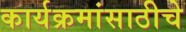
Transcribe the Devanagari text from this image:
कार्यक्रमांसाठीचे